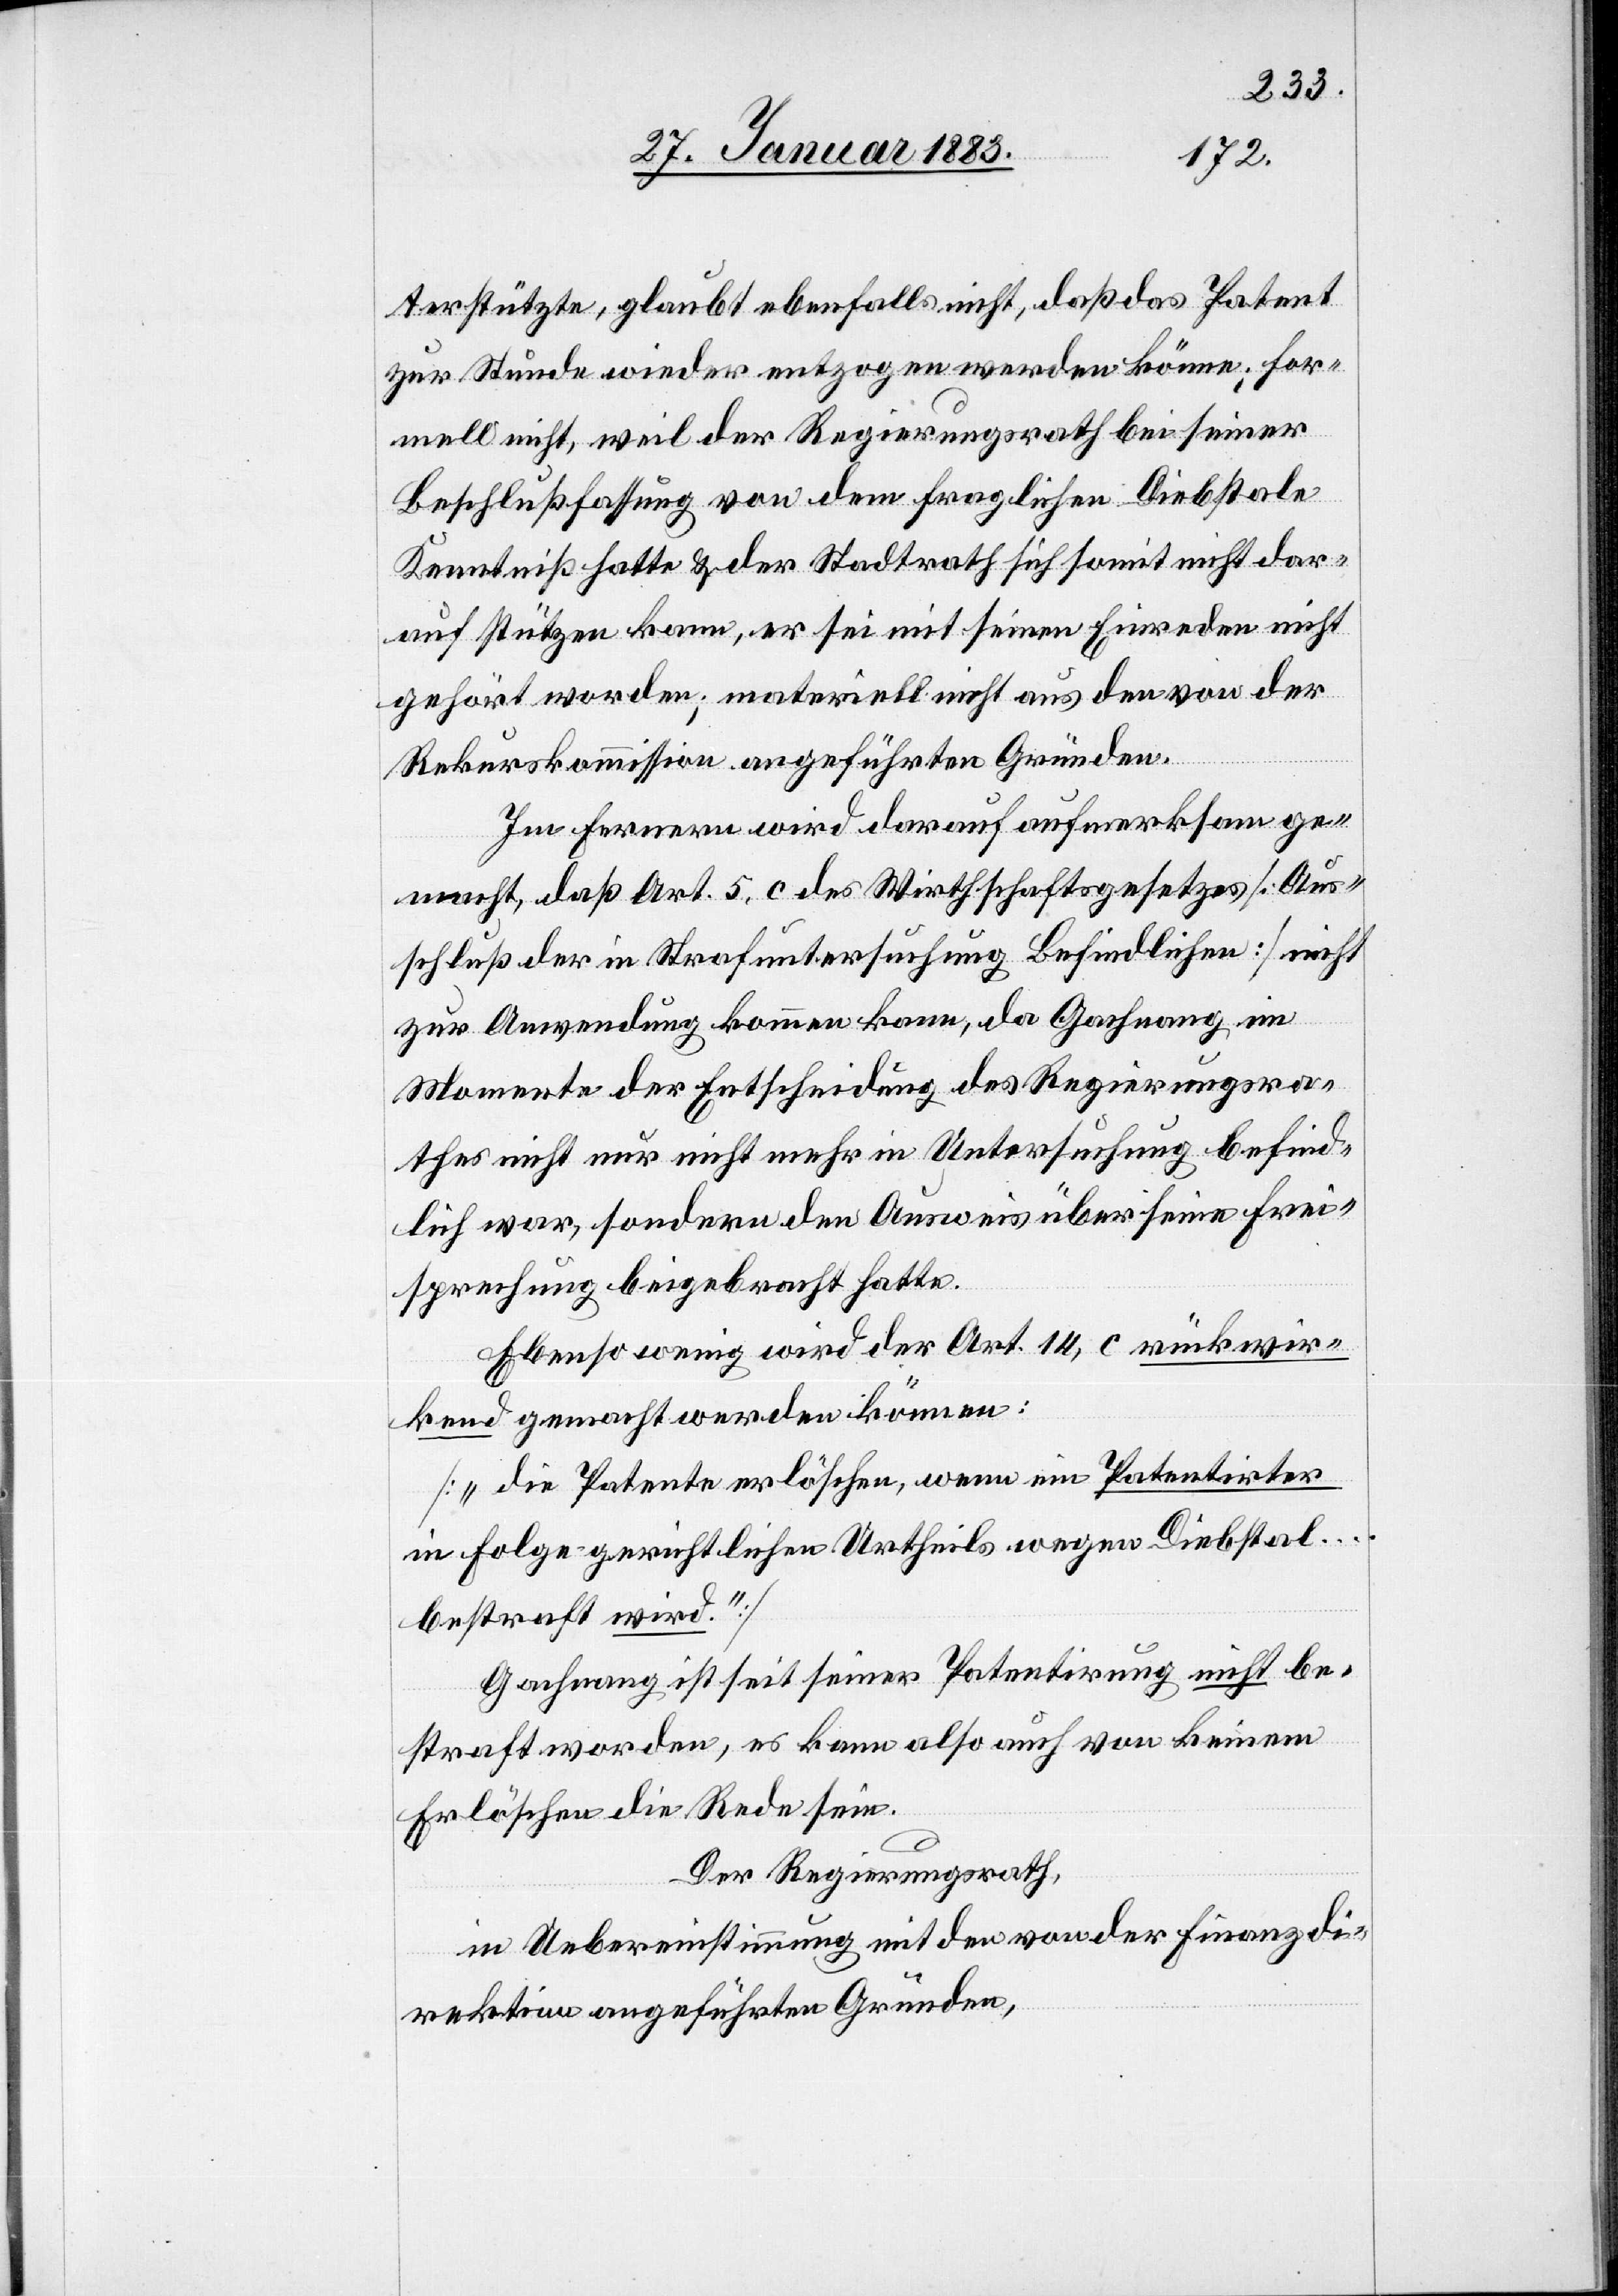
terstützte, glaubt ebenfalls nicht, daß das Patent
zur Stunde wieder entzogen werden könne; for¬
mell nicht, weil der Regierungsrath bei seiner
Beschlußfassung von dem fraglichen Diebstale
Kenntniß hatte & der Stadtrath sich somit nicht dar¬
auf stützen kann, er sei mit seinen Einreden nicht
gehört worden; materiell nicht aus den von der
Rekurskommission angeführten Gründen.
Im Fernern wird darauf aufmerksam ge¬
macht, daß Art. 5, c des Wirthschaftsgesetzes [Aus¬
schluß der in Strafuntersuchung Befindlichen] nicht
zur Anwendung kommen kann, da Gachnang im
Momente der Entscheidung des Regierungsra¬
thes nicht nur nicht mehr in Untersuchung befind¬
lich war, sondern den Ausweis über seine Frei¬
sprechung beigebracht hatte.
Ebenso wenig wird der Art. 14, c rückwir¬
kend gemacht werden können:
[„die Patente erlöschen, wenn ein Patentirter
in Folge gerichtlichen Urtheils wegen Diebstal …
bestraft wird.“]
Gachnang ist seit seiner Patentirung nicht be¬
straft worden, es kann also auch von keinem
Erlöschen die Rede sein.
Der Regierungsrath,
in Uebereinstimmung mit den von der Finanzdi¬
rektion angeführten Gründen,